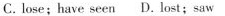
C. lose;have seen D.lost;saw